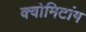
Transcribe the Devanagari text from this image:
क्वोमिटांग